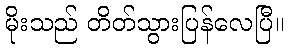
မိုးသည် တိတ်သွားပြန်လေပြီ။